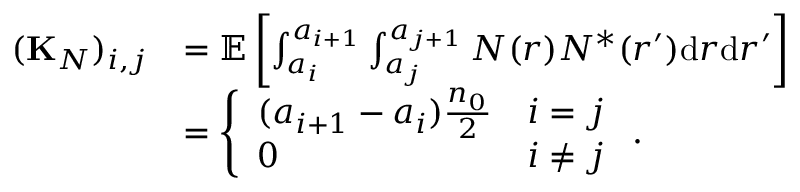
\begin{array} { r l } { ( { \bf K } _ { N } ) _ { i , j } } & { = { \mathbb E } \left[ \int _ { a _ { i } } ^ { a _ { i + 1 } } \int _ { a _ { j } } ^ { a _ { j + 1 } } N ( r ) N ^ { * } ( r ^ { \prime } ) \mathrm { d } r \mathrm { d } r ^ { \prime } \right] } \\ & { = \left\{ \begin{array} { l l } { ( a _ { i + 1 } - a _ { i } ) \frac { n _ { 0 } } { 2 } } & { i = j } \\ { 0 } & { i \ne j } \end{array} \right. . } \end{array}